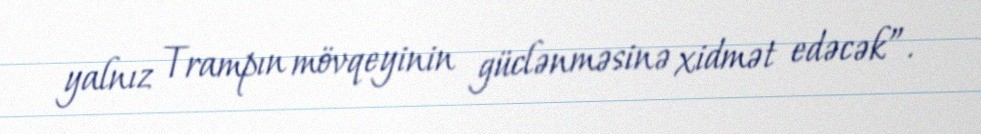
yalnız Trampın mövqeyinin güclənməsinə xidmət edəcək”.